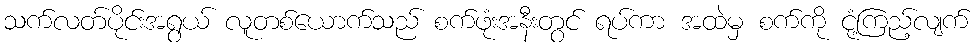
သက်လတ်ပိုင်းအရွယ် လူတစ်ယောက်သည် စက်ဖုံးအနီးတွင် ရပ်ကာ အထဲမှ စက်ကို ငုံ့ကြည့်လျက်